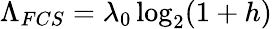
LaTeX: \Lambda_{FCS}=\lambda_{0}\log_{2}(1+h)